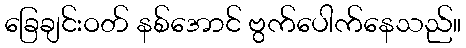
ခြေချင်းဝတ် နစ်အောင် ဗွက်ပေါက်နေသည်။